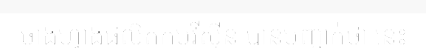
ចាងហ្វាងផលិតកម្មវីស៊ីន បានបញ្ជាក់ថា នេះ